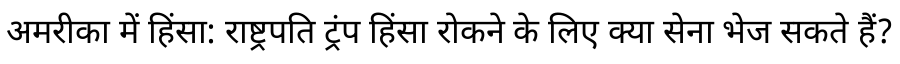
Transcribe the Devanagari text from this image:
अमरीका में हिंसा: राष्ट्रपति ट्रंप हिंसा रोकने के लिए क्या सेना भेज सकते हैं?